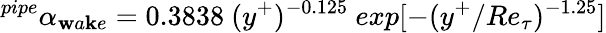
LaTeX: ^{pipe}\alpha_{\mathbf{w}a\mathbf{k}e}=0.3838~(y^{+})^{-0.125}~exp[-(y^{+}/Re_{\tau})^{-1.25}]